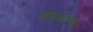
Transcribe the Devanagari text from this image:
अहवाल्